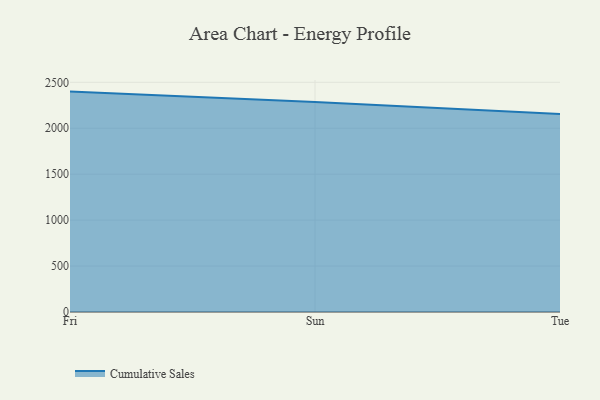
{"axis": {"x": "Day", "y": "Customer Acquisition Cost (USD)"}, "legend": ["Cumulative Sales"], "data": [{"x": "Fri", "y": 2398.9, "type": "Cumulative Sales"}, {"x": "Sun", "y": 2285.7, "type": "Cumulative Sales"}, {"x": "Tue", "y": 2154.9, "type": "Cumulative Sales"}]}